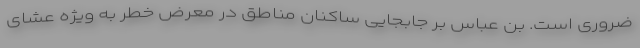
ضروری است. بن عباس بر جابجایی ساکنان مناطق در معرض خطر به ویژه عشای